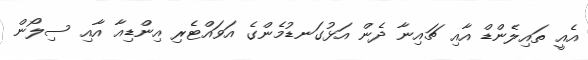
އެއީ ތައިލެންޑް އާއި ޗައިނާ ދެން އަޅުގަނޑުމެންގެ އަވައްޓެރި އިންޑިއާ އާއި ސިލޯން